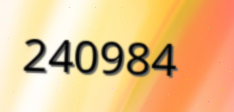
240984